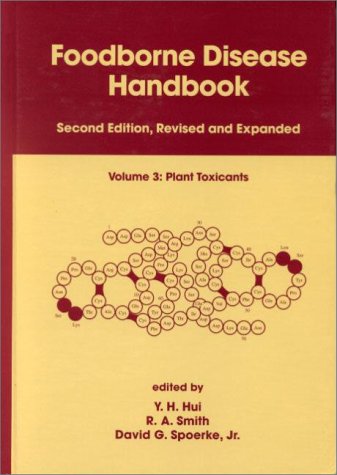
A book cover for Foodborne Disease Handbook, Second Edition,: Volume 3: Plant Toxicants; Y. H. Hui; Medical Books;